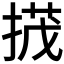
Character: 𢰝